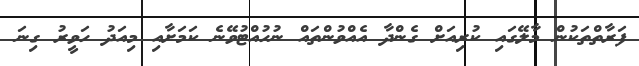
ފަރާތްތަކުން މާލޭގައި ކުރިއަށް ގެންދާ އެއްވުންތައް ނުހުއްޓުވޭނެ ކަމަށާއި މިއަދު ހަވީރު ގިނަ